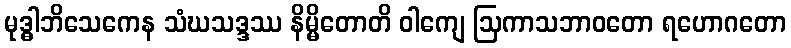
မုဒ္ဓါဘိသေကေန သံဃသဒ္ဒဿ နိမ္မိတောတိ ဝါကျေ ဩကာသဘာဝတော ရဟောဂတော